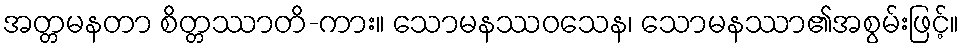
အတ္တမနတာ စိတ္တဿာတိ-ကား။ သောမနဿဝသေန၊ သောမနဿာ၏အစွမ်းဖြင့်။